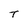
Character: T